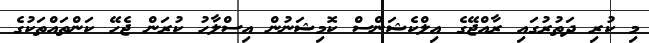
މި ކުރި ދަތުރުގައި ރާއްޖޭގެ އިލްކެޝަންސް ކޮމިޝަނުން އިސްލާހު ކުރަން ޖެހޭ ކަންތައްތަކުގެ